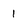
Character: I